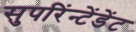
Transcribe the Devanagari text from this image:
सुपरिंन्टेंडेंट